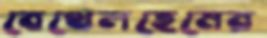
বেথেলহেমের